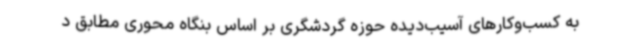
به کسب‌وکارهای آسیب‌دیده حوزه گردشگری بر اساس بنگاه محوری مطابق د